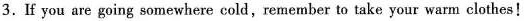
3.If you are going somewhere cold, remember to take your warm clothes!